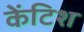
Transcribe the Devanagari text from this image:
केंटिश